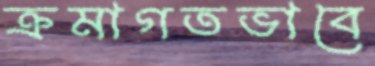
ক্রমাগতভাবে